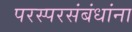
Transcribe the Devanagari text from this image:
परस्परसंबंधांना